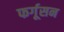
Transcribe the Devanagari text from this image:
फर्गूसन